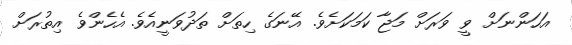
އަހަންނަށް ވީ ވަރަށް މަޖާ ކަމަކަށެވެ. އޭނަގެ ހިތަށް ތަދުވަނީއެވެ. އެހެންވެ އިތުރަށް